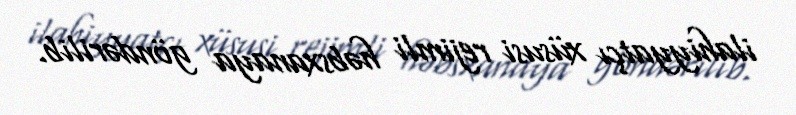
ilahiyyatçı xüsusi rejimli həbsxanaya göndərilib.